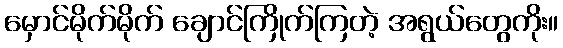
မှောင်မိုက်မိုက် ချောင်ကြိုက်ကြတဲ့ အရွယ်တွေကိုး။